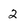
Character: 2